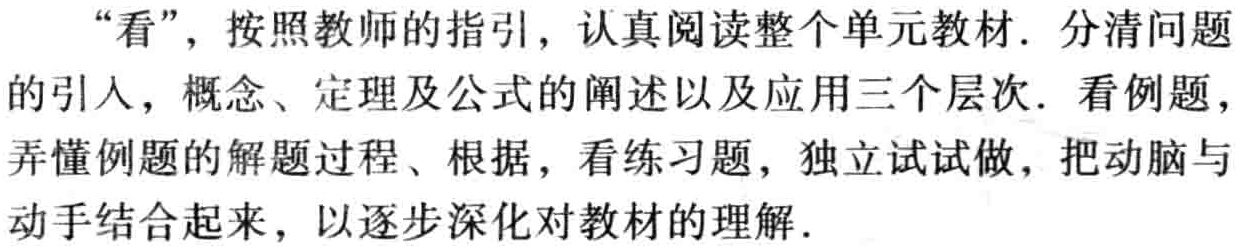
“看”，按照教师的指引，认真阅读整个单元教材. 分清问题的引人，概念、定理及公式的阐述以及应用三个层次. 看例题，弄懂例题的解题过程、根据，看练习题，独立试试做，把动脑与动手结合起来，以逐步深化对教材的理解.